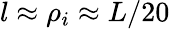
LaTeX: l\approx\rho_{i}\approx L/20